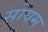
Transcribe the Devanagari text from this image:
सोयम